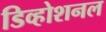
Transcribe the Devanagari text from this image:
डिव्होशनल